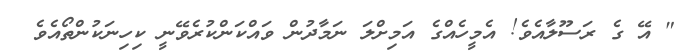
" އޭ ގެ ރަސޫލާއެވެ! އެމީހެއްގެ އަމިށްލަ ނަމާދުން ވައްކަންކުރެވޭނީ ކިހިނަކުންތޯއެވެ